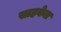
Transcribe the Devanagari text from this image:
साहवेना